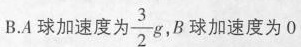
B.A球加速度为\frac{3}{2}g,B球加速度为0